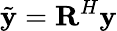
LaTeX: \tilde{\textbf{y}}=\textbf{R}^{H}\textbf{y}